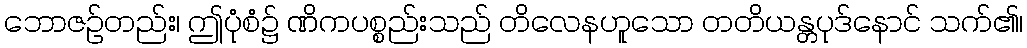
ဘောဇဉ်တည်း၊ ဤပုံစံ၌ ဏိကပစ္စည်းသည် တိလေနဟူသော တတိယန္တပုဒ်နောင် သက်၏၊